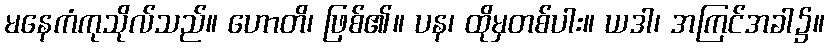
မနေကံကုသိုလ်သည်။ ဟောတိ၊ ဖြစ်၏။ ပန၊ ထိုမှတစ်ပါး။ ယဒါ၊ အကြင်အခါ၌။